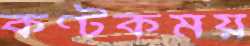
কণ্টকময়